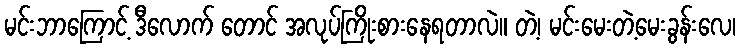
မင်းဘာကြောင့် ဒီလောက် တောင် အလုပ်ကြိုးစားနေရတာလဲ။ တဲ့၊ မင်းမေးတဲ့မေးခွန်းလေ၊